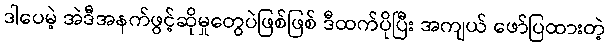
ဒါပေမဲ့ အဲဒီအနက်ဖွင့်ဆိုမှုတွေပဲဖြစ်ဖြစ် ဒီထက်ပိုပြီး အကျယ် ဖော်ပြထားတဲ့